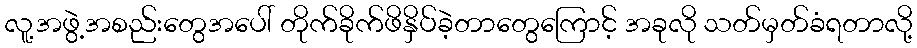
လူ့အဖွဲ့အစည်းတွေအပေါ် တိုက်ခိုက်ဖိနှိပ်ခဲ့တာတွေကြောင့် အခုလို သတ်မှတ်ခံရတာလို့